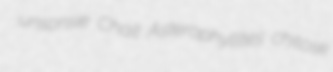
unsonsie Chait Asterophyllites chitose